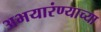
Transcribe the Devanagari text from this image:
अभयारंण्याच्या